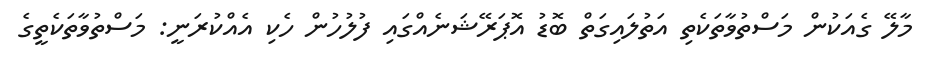
މާލޭ ގެއަކުން މަސްތުވާތަކެތި އަތުލައިގަތް ބޮޑު އޮޕަރޭޝަނެއްގައި ފުލުހުން ހެކި އެއްކުރަނީ: މަސްތުވާތަކެތީގެ